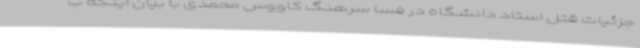
جزئیات قتل استاد دانشگاه در فسا سرهنگ کاووس محمدی با بیان اینکه ب